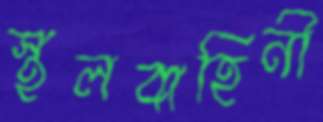
স্থলবাহিনী